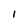
Character: l